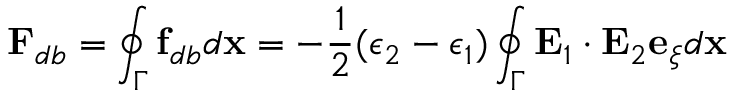
\mathbf { F } _ { d b } = \oint _ { \Gamma } \mathbf { f } _ { d b } d \mathbf { x } = - \frac { 1 } { 2 } ( \epsilon _ { 2 } - \epsilon _ { 1 } ) \oint _ { \Gamma } \mathbf { E } _ { 1 } \cdot \mathbf { E } _ { 2 } \mathbf { e } _ { \xi } d \mathbf { x }